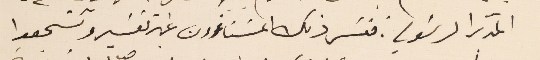
المدبر الرسَولي. ففسَر ذلك المسَتاءون غير تفسير وتشجعوا